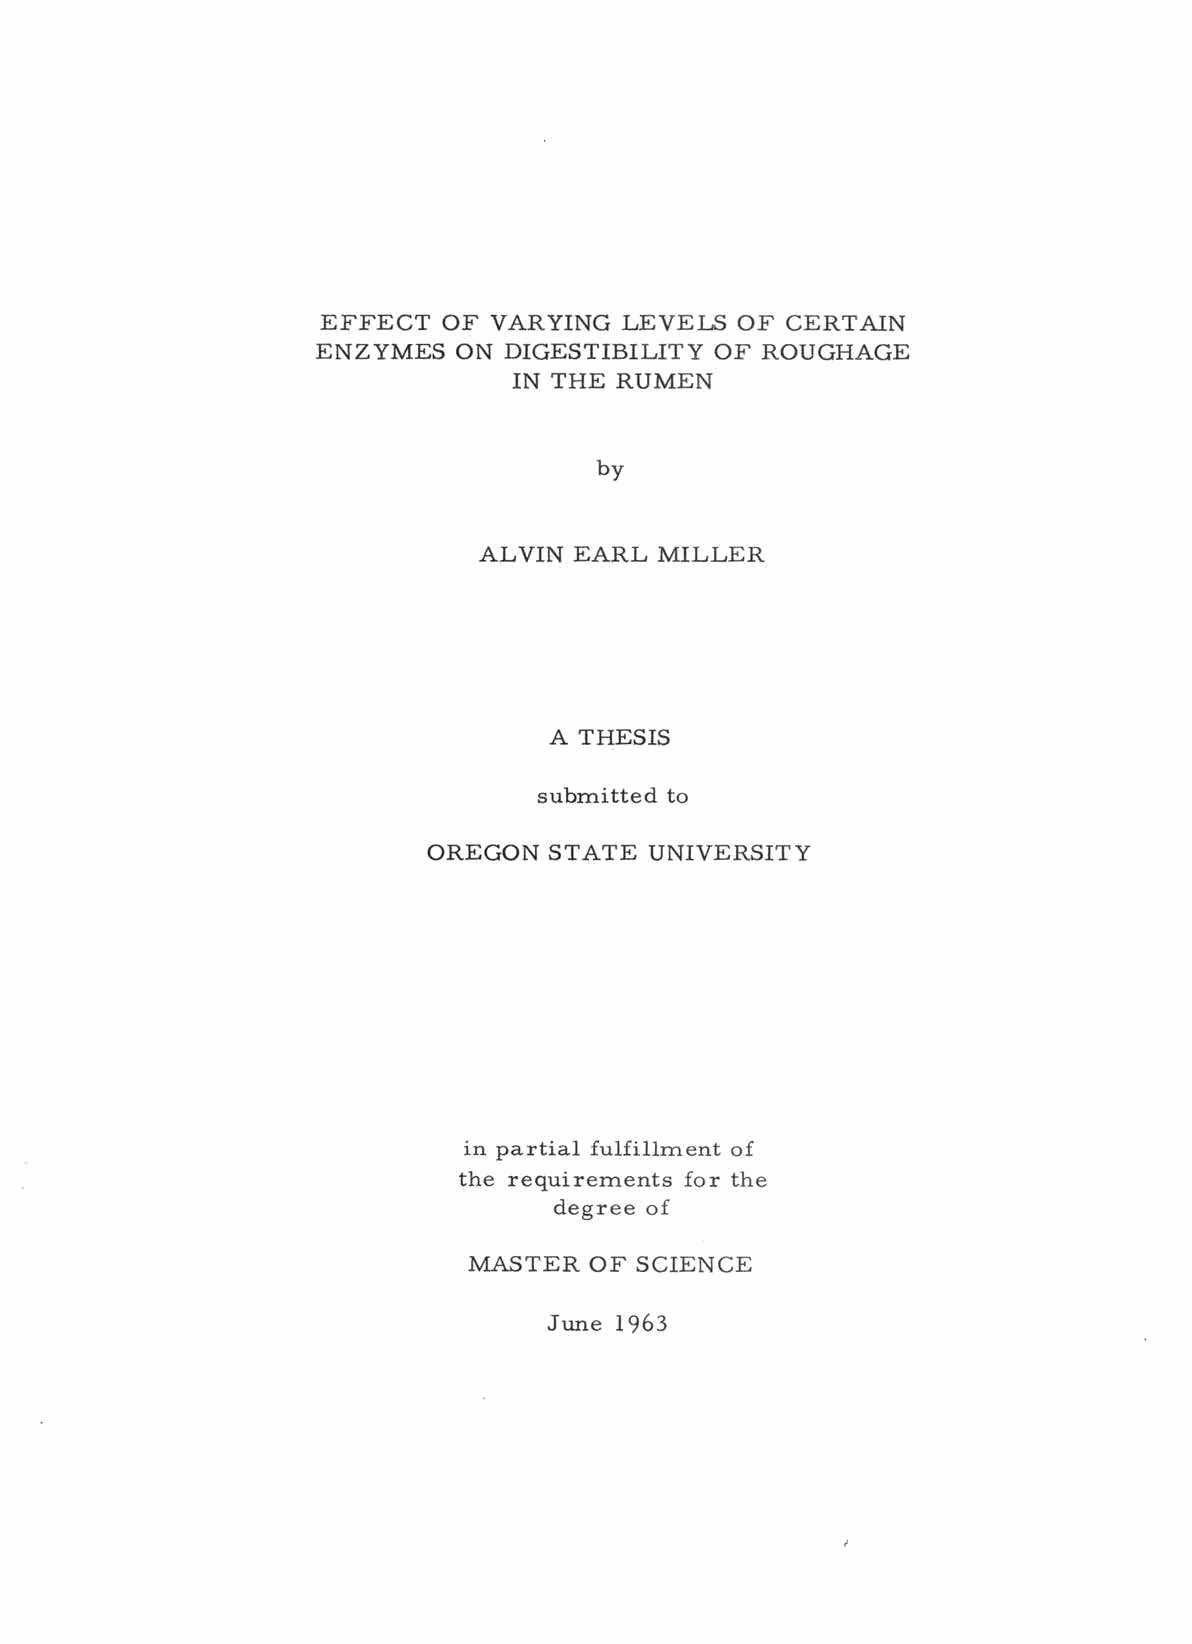
EFFECT  OF VARYING  LEVELS  OF CERTAIN
 ENZYMES  ON DIGESTIBILITY OF ROUGHAGE
 IN THE RUMEN
 by
 ALVIN EARL  MILLER
 A THESIS
 submitted to
 OREGON  STATE  UNIVERSITY
 in partial fulfillment of
 the requirements for the
 degree of
 MASTER  OF SCIENCE
 June 1963